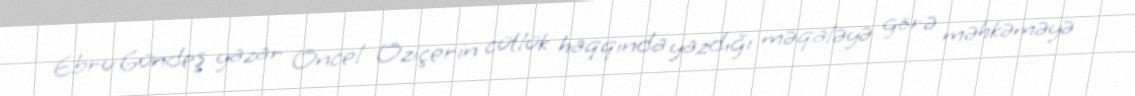
Ebru Gündeş yazar Öncel Öziçerin cütlük haqqında yazdığı məqaləyə görə məhkəməyə